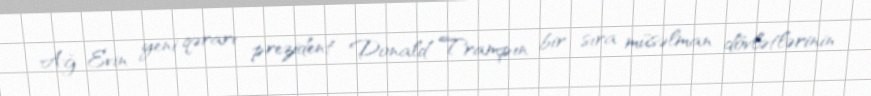
Ağ Evin yeni qərarı prezident Donald Trampın bir sıra müsəlman dövlətlərinin